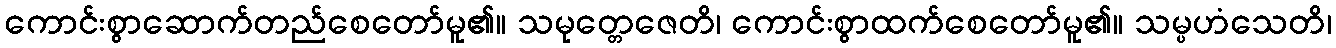
ကောင်းစွာဆောက်တည်စေတော်မူ၏။ သမုတ္တေဇေတိ၊ ကောင်းစွာထက်စေတော်မူ၏။ သမ္ပဟံသေတိ၊